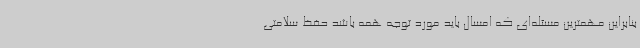
بنابراین مهمترین مسئله‌ای که امسال باید مورد توجه همه باشد حفظ سلامتی